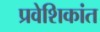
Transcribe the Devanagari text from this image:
प्रवेशिकांत